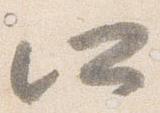
所